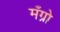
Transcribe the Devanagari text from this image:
मँग्रो